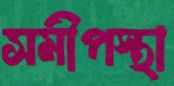
সমীপস্থা